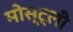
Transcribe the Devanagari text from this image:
मोस्ट्ली